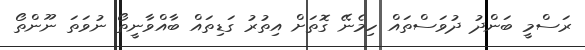
ރަސްމީ ބަންދު ދުވަސްތައް ހިމެނޭ ގޮތަށް އިތުރު ގަޑިތައް ބާއްވާނީތޯ ނުވަތަ ނޫންތޯ